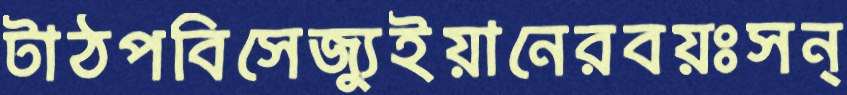
টাঠপবিসেজ্যুইয়ানেরবয়ঃসন্